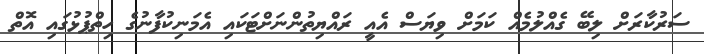
ސަރުކާރަށް ލިބޭ ގެއްލުމެއް ކަމަށް ވިޔަސް އެއީ ރައްޔިތުންނަށްޓަކައި އެމަނިކުފާނުގެ ހިތްޕުޅުގައި އޮތް